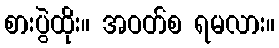
စားပွဲထိုး။ အဝတ်စ ရမလား။